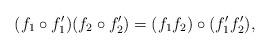
LaTeX: \begin{align*}(f_1 \circ f_1')(f_2 \circ f_2') = (f_1 f_2) \circ (f_1' f_2') ,\end{align*}